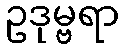
ဥဒုမ္ဗရာ